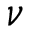
\boldsymbol \nu